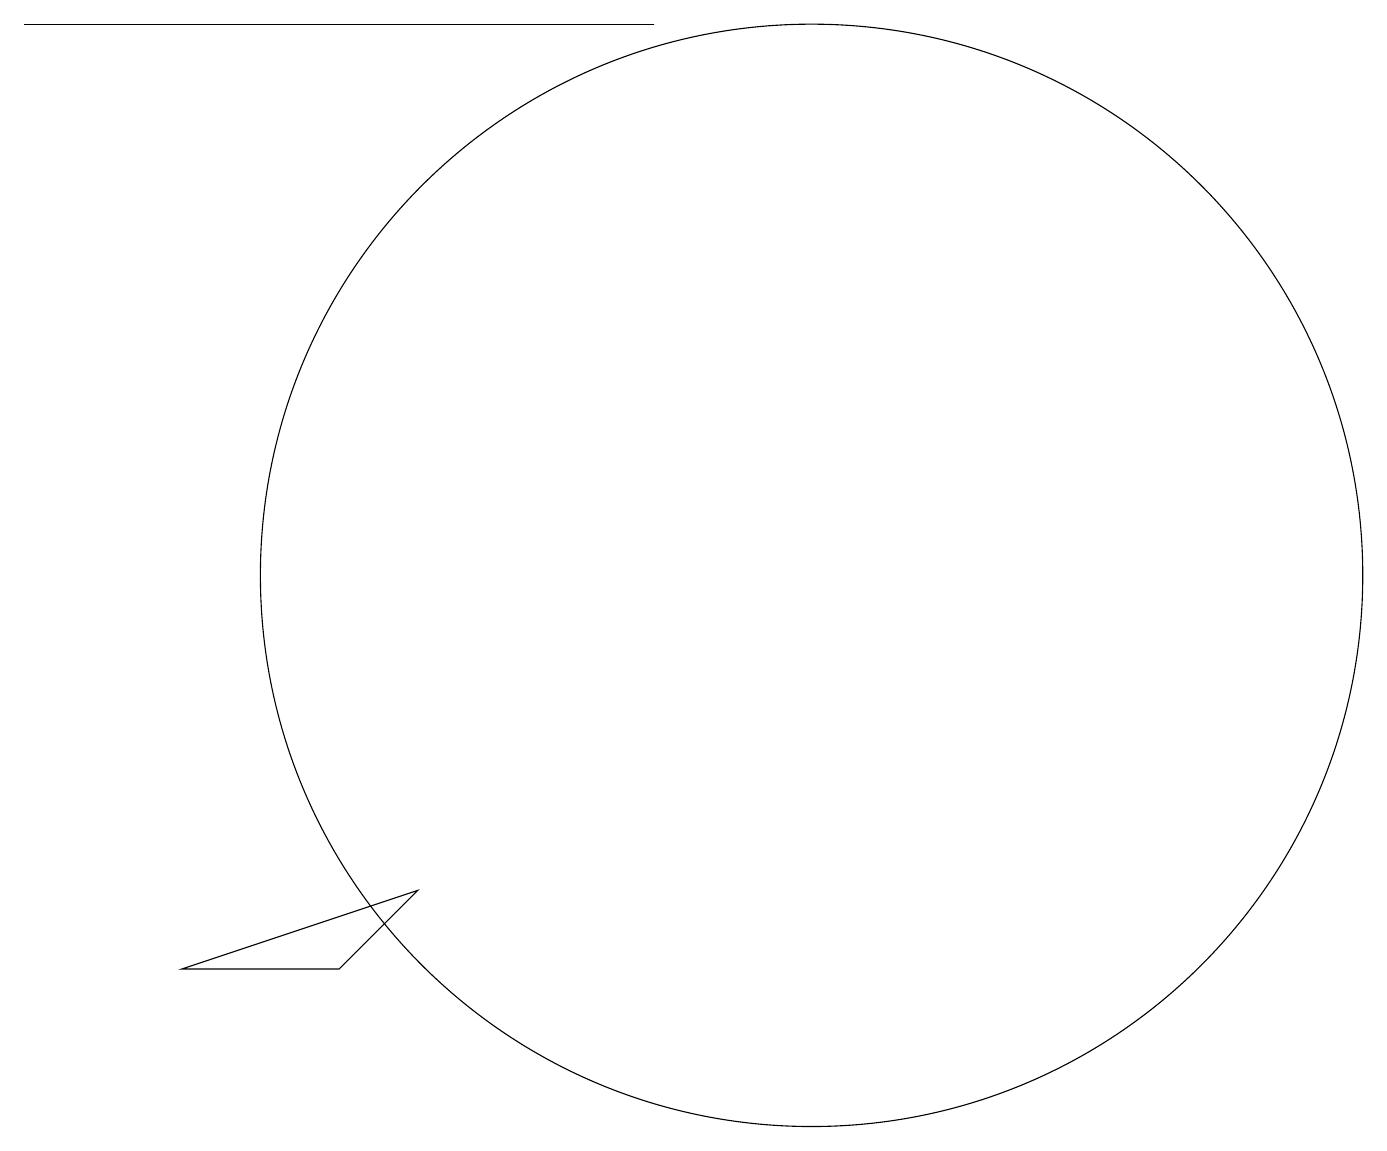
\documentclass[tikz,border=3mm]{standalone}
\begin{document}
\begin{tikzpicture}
\draw (8,17) rectangle (0,17);
\draw (10,10) circle (7);
\draw (2,5) -- (4,5) -- (5,6) -- cycle;
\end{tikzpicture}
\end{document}